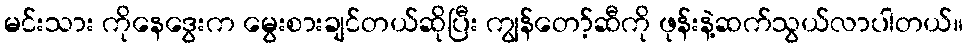
မင်းသား ကိုနေဒွေးက မွေးစားချင်တယ်ဆိုပြီး ကျွန်တော့်ဆီကို ဖုန်းနဲ့ဆက်သွယ်လာပါတယ်။